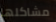
مشاكلها